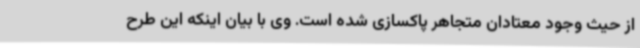
از حیث وجود معتادان متجاهر پاکسازی شده است. وی با بیان اینکه این طرح